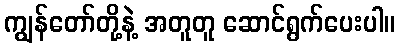
ကျွန်တော်တို့နဲ့ အတူတူ ဆောင်ရွက်ပေးပါ။